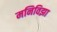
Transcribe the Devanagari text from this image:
मनिविझा